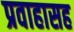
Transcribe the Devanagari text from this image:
प्रवाहासह